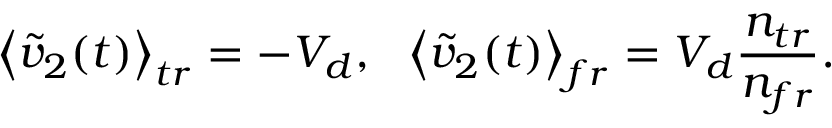
\left\langle \widetilde { v } _ { 2 } ( t ) \right\rangle _ { t r } = - V _ { d } , \ \ \left\langle \widetilde { v } _ { 2 } ( t ) \right\rangle _ { f r } = V _ { d } \frac { n _ { t r } } { n _ { f r } } .